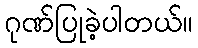
ဂုဏ်ပြုခဲ့ပါတယ်။